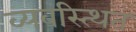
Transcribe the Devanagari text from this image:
व्यवस्त्थित